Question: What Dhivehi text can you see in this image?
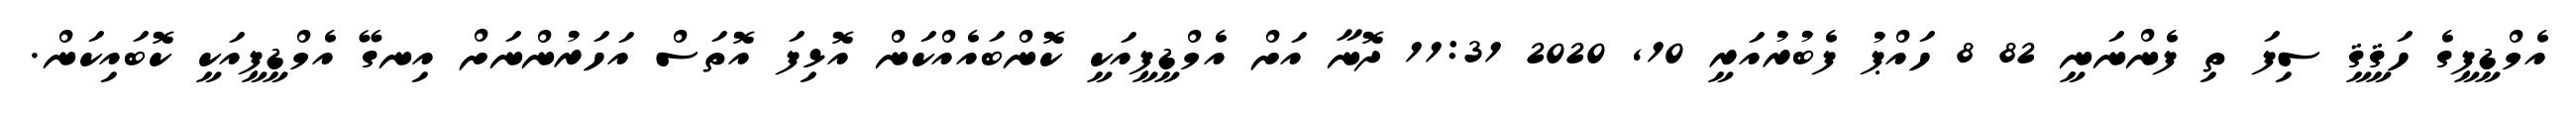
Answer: އެމްޑީޕީގެ ހަޤީޤީ ސިފަ ތި ފެންނަނީ 82 8 ހައްޕު ފެބުރުއަރީ 10, 2020 11:31 ދޮނާ އަށް އެމްޑީޕީއަކީ ކޮންބައެއްކަން އޮޅިފަ އޮތަސް އަހަރުންނަށް އިނގޭ އެމްޑީޕީއަކީ ކޮބައިކަން.